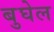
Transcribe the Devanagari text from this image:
बुघेल